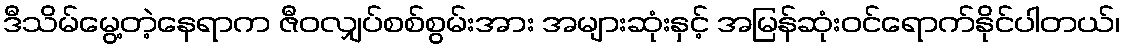
ဒီသိမ်မွေ့တဲ့နေရာက ဇီဝလျှပ်စစ်စွမ်းအား အများဆုံးနှင့် အမြန်ဆုံးဝင်ရောက်နိုင်ပါတယ်၊